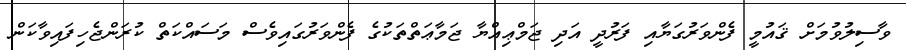
ވާސިލުވުމަށް ޤައުމީ ފެންވަރުގަޔާއި ފަރުދީ އަދި ޖަމްޢިއްޔާ ޖަމާޢަތްތަކުގެ ފެންވަރުގައިވެސް މަސައްކަތް ކުރަންޖެހިފައިވާކަން